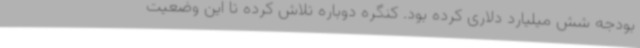
بودجه شش میلیارد دلاری کرده بود. کنگره دوباره تلاش کرده تا این وضعیت